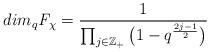
LaTeX: \begin{align*}dim_q \mathit{F_{\chi}} =\frac{1}{\prod_{j\in \mathbb{Z}_{+}} \big(1-q^{\frac{2j-1}{2}}\big)}\end{align*}